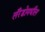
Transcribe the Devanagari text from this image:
लॅरेडोमधील